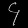
Digit: ၄